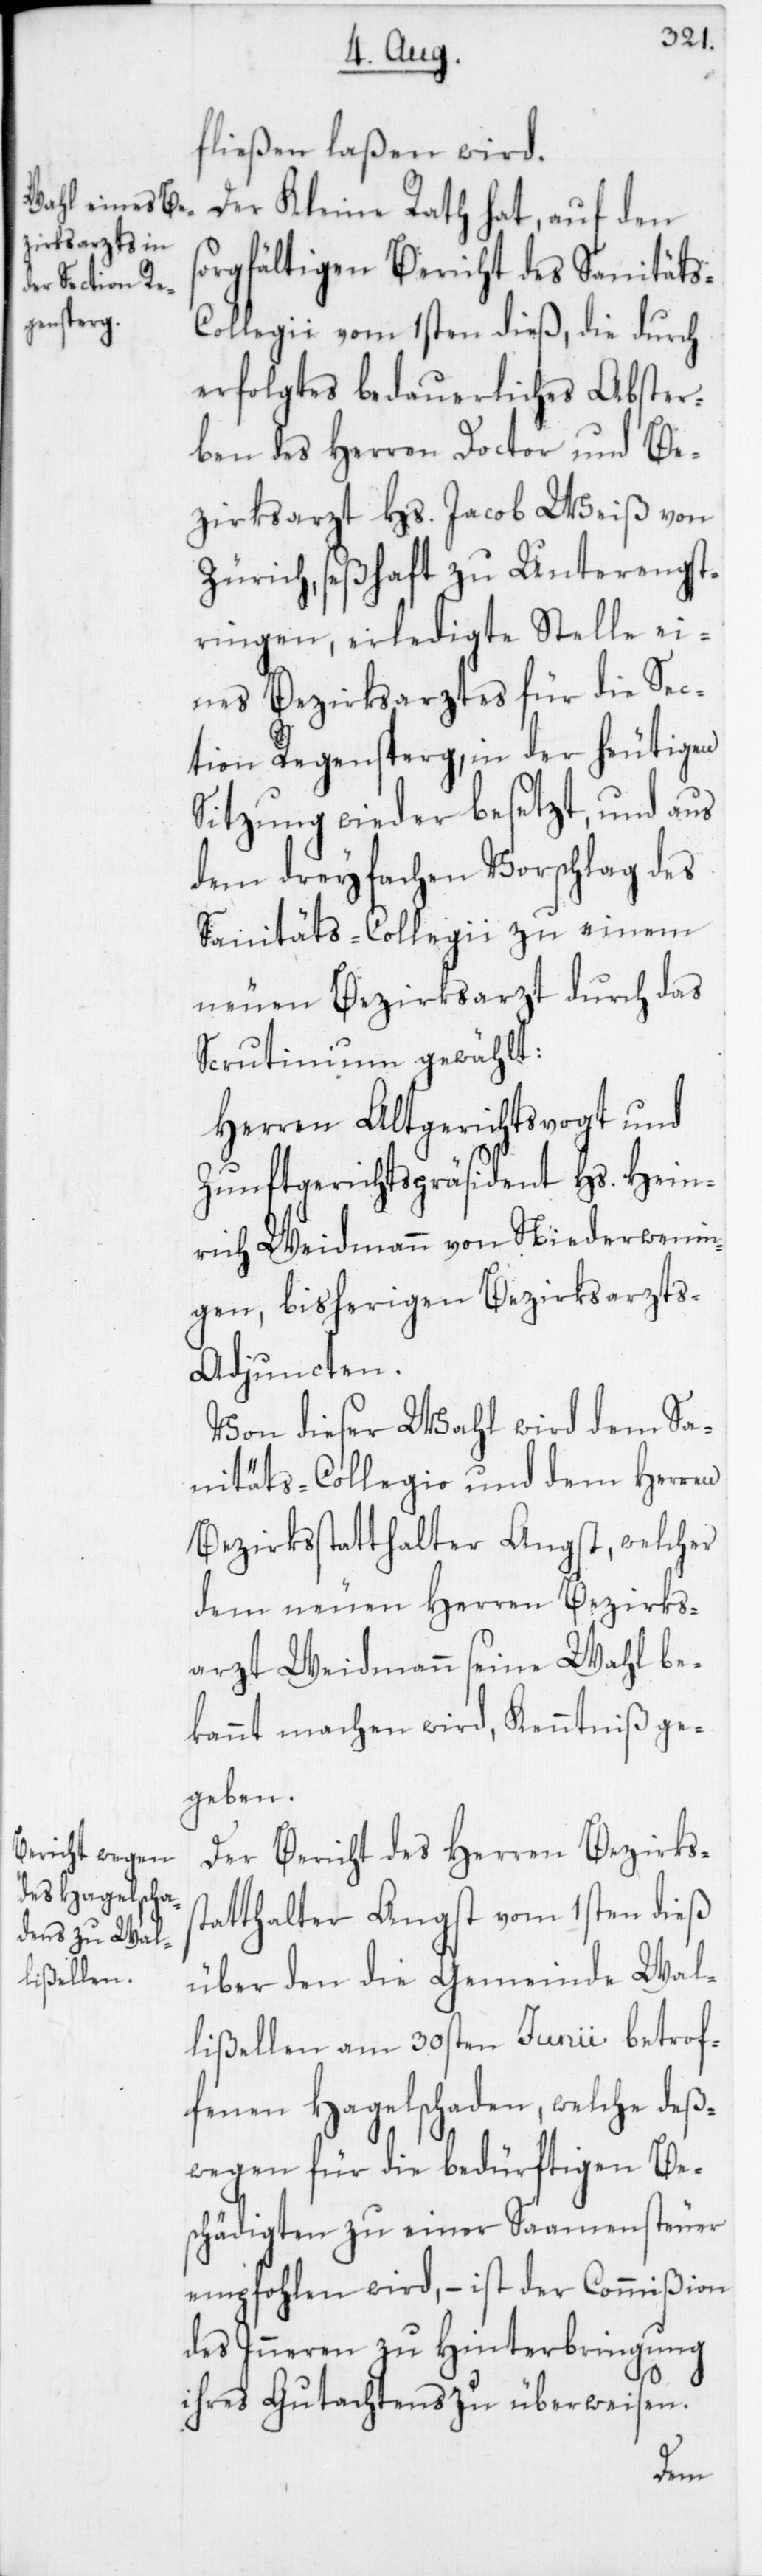
fließen laßen wird.
Der Kleine Rath hat, auf den
sorgfältigen Bericht des Sanitäts-C¬
ollegii vom 1sten dieß, die durch
erfolgtes bedauerliches Abster¬
ben des Herren Doctor und Be¬
zirksarzt Hs. Jacob Weiß von
Zürich, seßhaft zu Unterengst¬
ringen, erledigte Stelle ei¬
nes Bezirksarztes für die Sec¬
tion Regensperg, in der heutigen
Sitzung wieder besetzt, und aus
dem dreyfachen Vorschlag des
Sanitäts-Collegii zu einem
neuen Bezirksarzt durch das
Scrutinium gewählt:
Herren Altgerichtsvogt und
Zunftgerichtspräsident Hs. Hein¬
rich Weidmann von Niederwenin¬
gen, bisherigen Bezirksarzt¬
s-Adjuncten.
Von dieser Wahl wird dem Sa¬
nitäts-Collegio und dem Herren
Bezirksstatthalter Angst, welcher
dem neuen Herren Bezirks¬
arzt Weidmann seine Wahl be¬
kannt machen wird, Kenntniß ge¬
geben.
Der Bericht des Herren Bezirkss¬
tatthalter Angst vom 1sten dieß
über den die Gemeinde Wal¬
lißellen am 30sten Junii betrof¬
fenen Hagelschaden, welche deß¬
wegen für die bedürftigen Be¬
schädigten zu einer Saamensteuer
empfohlen wird, – ist der Commißion
des Inneren zu Hinterbringung
ihres Gutachtens zu überweisen.